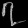
Digit: ၇